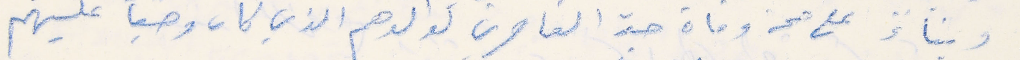
وبناءً على صحة وفاة جد القاصرين لوالدهم الذي كان وصياً عليهم